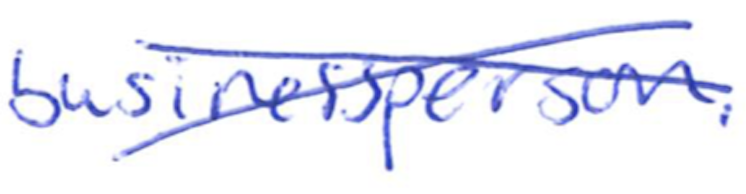
Text: businessperson.
Cross-out: cross
Writing tool: ballpoint